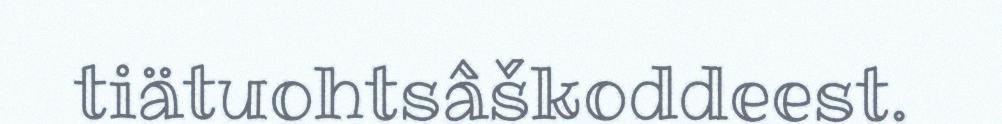
tiätuohtsâškoddeest.